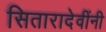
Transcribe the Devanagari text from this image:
सितारादेवींनी